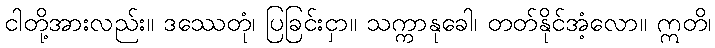
ငါတို့အားလည်း။ ဒဿေတုံ၊ ပြခြင်းငှာ။ သက္ကာနုခေါ၊ တတ်နိုင်အံ့လော။ ဣတိ၊